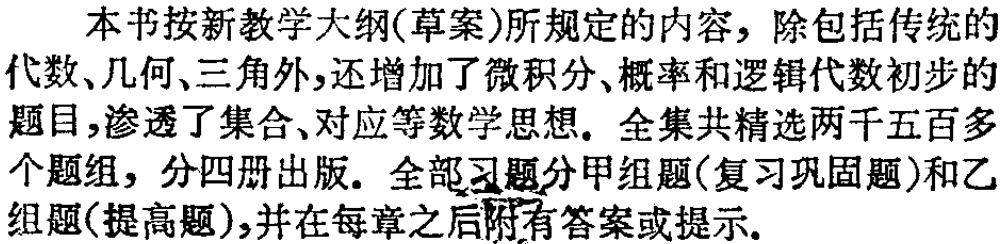
本书按新教学大纲(草案)所规定的内容，除包括传统的代数、几何、三角外,还增加了微积分、概率和逻辑代数初步的题目,渗透了集合、对应等数学思想. 全集共精选两千五百多个题组，分四册出版. 全部习题分甲组题(复习巩固题)和乙组题(提高题),并在每章之后附有答案或提示.